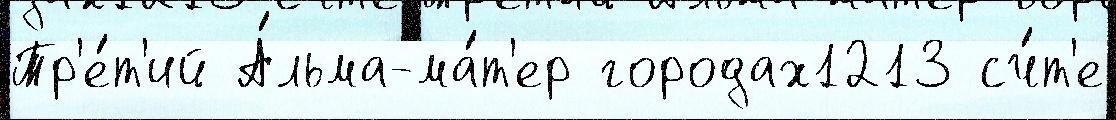
Тр'е́т'ий А́льма-ма́т'ер городах1213 сч́т'е